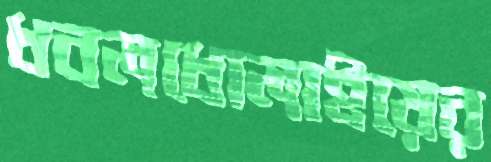
ধবলধোলাইয়ের